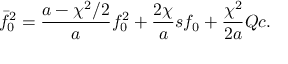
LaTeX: \bar { f } _ { 0 } ^ { 2 } = \frac { a - \chi ^ { 2 } / 2 } { a } f _ { 0 } ^ { 2 } + \frac { 2 \chi } { a } s f _ { 0 } + \frac { \chi ^ { 2 } } { 2 a } Q c .